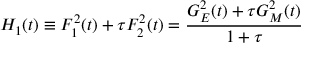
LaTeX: H _ { 1 } ( t ) \equiv F _ { 1 } ^ { 2 } ( t ) + \tau F _ { 2 } ^ { 2 } ( t ) = \frac { G _ { E } ^ { 2 } ( t ) + \tau G _ { M } ^ { 2 } ( t ) } { 1 + \tau }